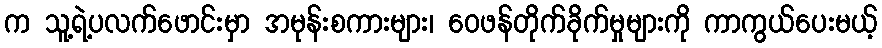
က သူ့ရဲ့ပလက်ဖောင်းမှာ အမုန်းစကားများ၊ ဝေဖန်တိုက်ခိုက်မှုများကို ကာကွယ်ပေးမယ့်